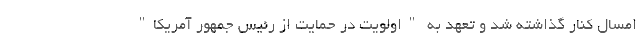
امسال کنار گذاشته شد و تعهد به "اولویت در حمایت از رئیس جمهور آمریکا"